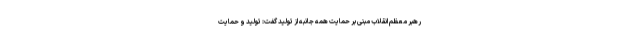
رهبر معظم انقلاب مبنی بر حمایت همه جانبه از تولید گفت: تولید و حمایت